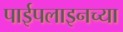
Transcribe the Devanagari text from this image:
पाईपलाइनच्या